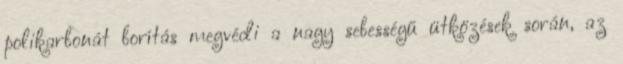
polikarbonát borítás megvédi a nagy sebességű ütközések során, az